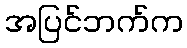
အပြင်ဘက်က